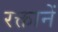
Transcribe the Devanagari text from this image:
रक्तानें